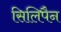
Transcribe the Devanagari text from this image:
सिलिपैन